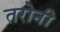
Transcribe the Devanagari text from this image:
तरोनी